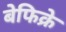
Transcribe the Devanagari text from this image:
बेफिक्रे